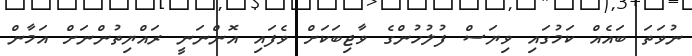
ނުވަތަ ބައެއް ކަމުގައި ވިޔަސް ފުލުހުންގެ ވާޖިބަކަށް ވެފައި އޮންނަނީ ރައްޔިތުންނަށް އަމާން